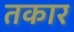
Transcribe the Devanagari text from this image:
तकार